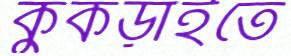
কুঁকড়াইতে